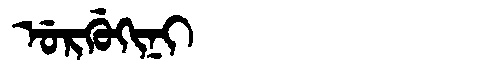
Manchu: ᡠᡵᡤᡠᡴᡳᠨᡳ
Romanization: URGUKINI